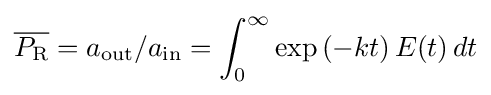
{\overline {P_{\mathrm {R} }}}=a_{\mathrm {out} }/a_{\mathrm {in} }=\int _{0}^{\infty }\exp \left(-kt\right)E(t)\,dt